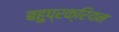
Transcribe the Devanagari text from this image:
बहुप्रक्रियन